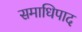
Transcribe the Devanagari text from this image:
समाधिपाद